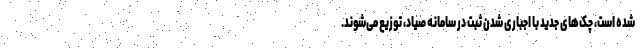
شده است، چک‌های جدید با اجباری شدن ثبت در سامانه صیاد، توزیع می‌شوند.